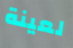
لعينة